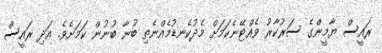
ރައީސް ޔާމީންގެ ސަރުކާރު ވެއްޓޭނެކަމަށް މެދުކެނޑުމެއްނެތި ބުނާ ބުނުން ކަމަށެވެ. އަދި ރައީސް